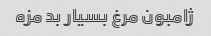
ژامبون مرغ بسیار بد مزه